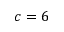
c = 6